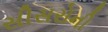
સીસરોની